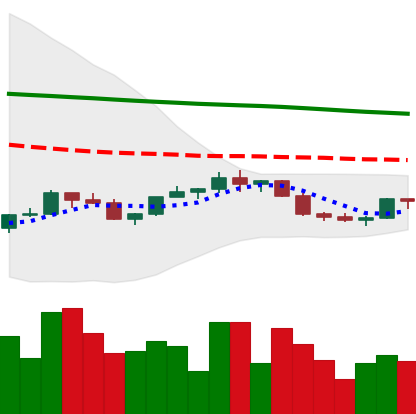
Ticker: LINK-USD
Chart end date: 2022-02-16
Forward return: -21.171%
Label: down_7plus